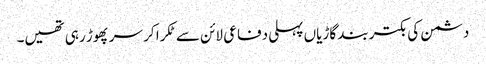
دشمن کی بکتر بند گاڑیاں پہلی دفاعی لائن سے ٹکرا کر سر پھوڑ رہی تھیں۔